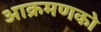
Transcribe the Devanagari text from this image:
आक्रमणको